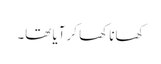
کھانا کھا کر آیا تھا۔